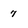
Character: 7